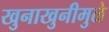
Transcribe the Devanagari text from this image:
खुनाखुनीमुळे